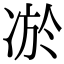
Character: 𭂔